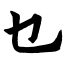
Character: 乜